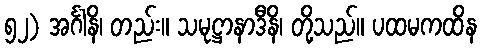
၅၂) အင်္ဂါနိ၊ တည်း။ သမုဋ္ဌာနာဒီနိ၊ တို့သည်။ ပထမကထိန